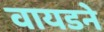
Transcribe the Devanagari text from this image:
वायडने